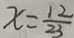
x = \frac { 1 2 } { 2 3 }